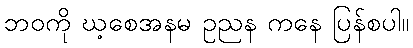
ဘဝကို ဃ့စေအနမ ဥညန ကနေ ပြန်စပါ။